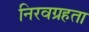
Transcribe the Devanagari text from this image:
निरवग्रहता